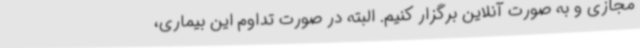
مجازی و به صورت آنلاین برگزار کنیم. البته در صورت تداوم این بیماری،